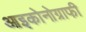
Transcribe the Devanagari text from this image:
आइकोनोग्राफी